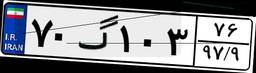
۷۰گ۱۰۳۷۶